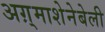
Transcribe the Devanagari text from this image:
अग़्माशेनेबेली